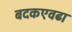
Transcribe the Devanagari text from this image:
बदकएवढा